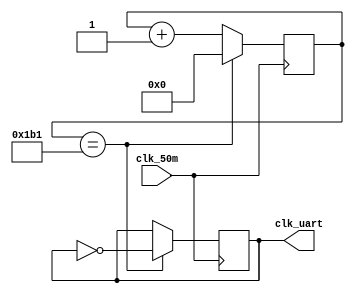
module clk_gen(clk_50m, clk_uart);
    input clk_50m;
    output clk_uart;

	 reg clk_uart = 0;
    reg [8:0] cnt = 8'b0;

    always @(posedge clk_50m)begin
        if(cnt == 433) begin
            cnt <= 8'b0;
            clk_uart <= ~clk_uart;
        end else begin
            cnt <= cnt + 1'b1;
        end
    end
endmodule